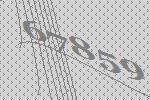
67859